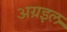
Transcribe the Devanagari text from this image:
अग्रइल